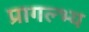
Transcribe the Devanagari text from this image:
प्रागल्भ्य